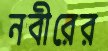
নবীরের